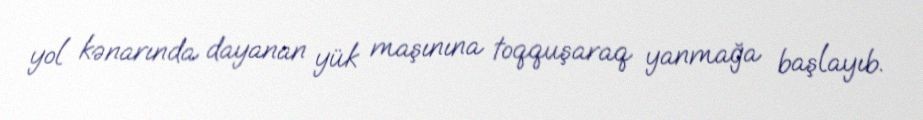
yol kənarında dayanan yük maşınına toqquşaraq yanmağa başlayıb.